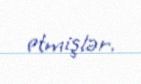
etmişlər.